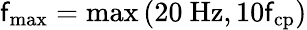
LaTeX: \mathsf{f}_{\mathrm{{max}}}=\mathrm{{max}}\left(20~\mathrm{{Hz}},10\mathsf{f}_{\mathrm{{cp}}}\right)